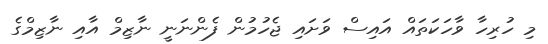
މި ހުރިހާ ވާހަކަތައް އައިސް ވަށައި ޖެހުމުން ފެންނަނީ ނާޒިމް އާއި ނާޒިމްގެ